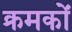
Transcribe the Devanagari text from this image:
क्रमकों